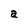
Character: a